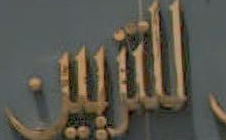
التربين